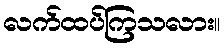
လက်ထပ်ကြသလား။